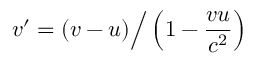
v ^ { \prime } = ( v - u ) { \Big / } \left( 1 - { \frac { v u } { c ^ { 2 } } } \right)